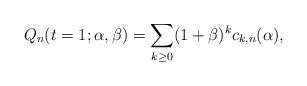
LaTeX: \begin{gather*} Q_n(t=1; \alpha,\beta)=\sum_{k \ge 0}(1+\beta)^k c_{k,n}( \alpha), \end{gather*}